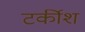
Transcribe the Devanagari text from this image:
टर्कीश